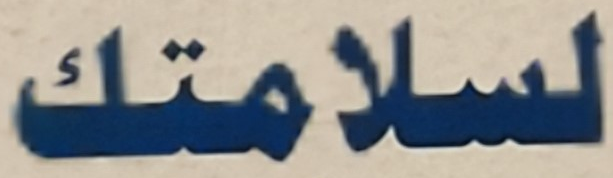
لسلامتك